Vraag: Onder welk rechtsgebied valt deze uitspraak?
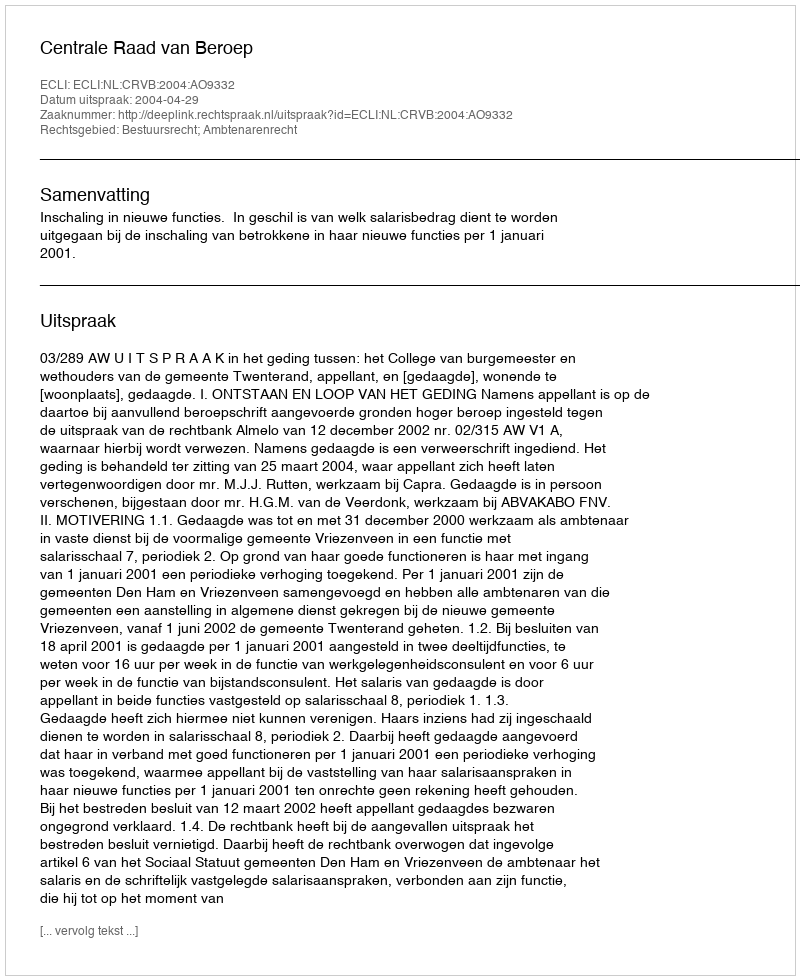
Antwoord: Bestuursrecht; Ambtenarenrecht